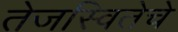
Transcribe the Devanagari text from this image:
तेजस्वितेचे